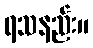
ရသနည်း။